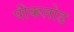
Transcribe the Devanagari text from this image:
पीकलोड